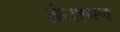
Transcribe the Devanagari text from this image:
क्रेशमन